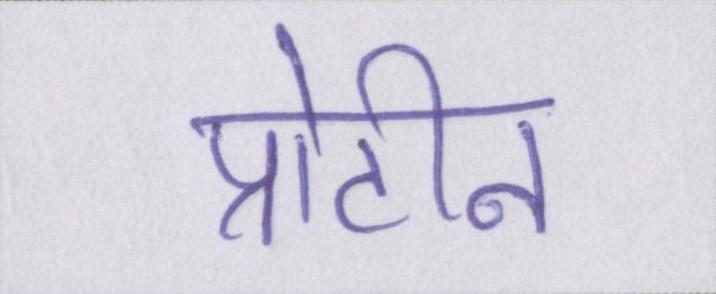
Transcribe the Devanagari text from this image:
प्रोटीन